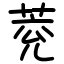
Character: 萒